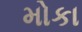
મોકા